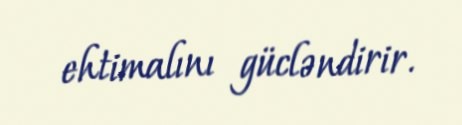
ehtimalını gücləndirir.